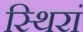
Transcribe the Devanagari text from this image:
स्थिरां